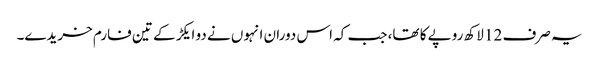
یہ صرف 12 لاکھ روپے کا تھا، جب کہ اس دوران انہوں نے دو ایکڑ کے تین فارم خریدے۔